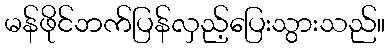
မန်ဖိုင်ဘက်ပြန်လှည့်ပြေးသွားသည်။